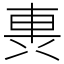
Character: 軣